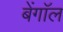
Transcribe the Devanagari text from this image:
बेंगाॅल